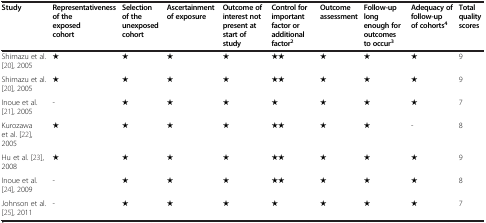
| Study | Representativeness of the exposed cohort | Selection of the unexposed cohort | Ascertainment of exposure | Outcome of interest not present at start of study | Control for important factor or additional factor2 | Outcome assessment | Follow-up long enough for outcomes to occur3 | Adequacy of follow-up of cohorts4 | Total quality scores |
 | --- | --- | --- | --- | --- | --- | --- | --- | --- | --- |
 | Shimazu et al.[20], 2005 | ★ | ★ | ★ | ★ | ★★ | ★ | ★ | ★ | 9 |
 | Shimazu et al.[20], 2005 | ★ | ★ | ★ | ★ | ★★ | ★ | ★ | ★ | 9 |
 | Inoue et al.[21], 2005 | - | ★ | ★ | ★ | ★ | ★ | ★ | ★ | 7 |
 | Kurozawa et al.[22], 2005 | ★ | ★ | ★ | ★ | ★★ | ★ | ★ | - | 8 |
 | Hu et al.[23], 2008 | ★ | ★ | ★ | ★ | ★★ | ★ | ★ | ★ | 9 |
 | Inoue et al.[24], 2009 | - | ★ | ★ | ★ | ★★ | ★ | ★ | ★ | 8 |
 | Johnson et al.[25], 2011 | - | ★ | ★ | ★ | ★ | ★ | ★ | ★ | 7 |